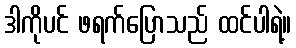
ဒါကိုပင် ဖရက်ပြောသည် ထင်ပါရဲ့။